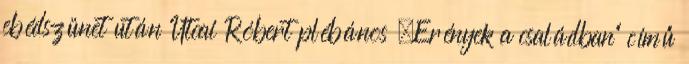
ebédszünet után Utcai Róbert plébános „Erények a családban” című